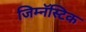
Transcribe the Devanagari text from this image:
जिम्नॅस्टिक